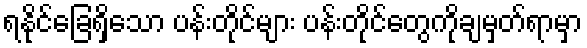
ရနိုင်ခြေရှိသော ပန်းတိုင်များ ပန်းတိုင်တွေကိုချမှတ်ရာမှာ